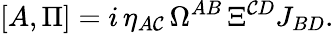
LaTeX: [A,\Pi]=i\, \eta_{A\mathcal{C}}\, \Omega^{AB}\, \Xi^{\mathcal{C}D}J_{BD}.